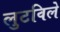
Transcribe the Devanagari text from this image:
लुटविले